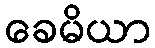
ခေမိယာ